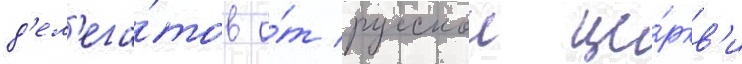
д'ел'ега́тов о́т русскои це́ркв'и